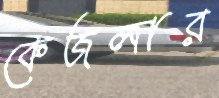
কেজলার